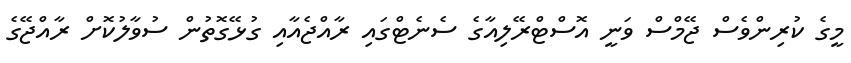
މީގެ ކުރިންވެސް ޖޭމްސް ވަނީ އޮސްޓްރޭލިއާގެ ސެނެޓްގައި ރާއްޖެއާއި ގުޅޭގޮތުން ސުވާލުކޮށް ރާއްޖޭގެ